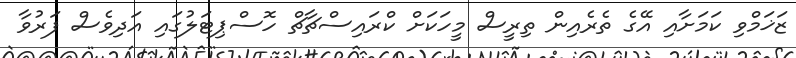
ޒަޚަމްވި ކަމަށާއި އޭގެ ތެރެއިން ތިރީސް މީހަކަށް ކްރައިސްޗާޗް ހޮސްޕިޓަލުގައި އަދިވެސް ފަރުވާ